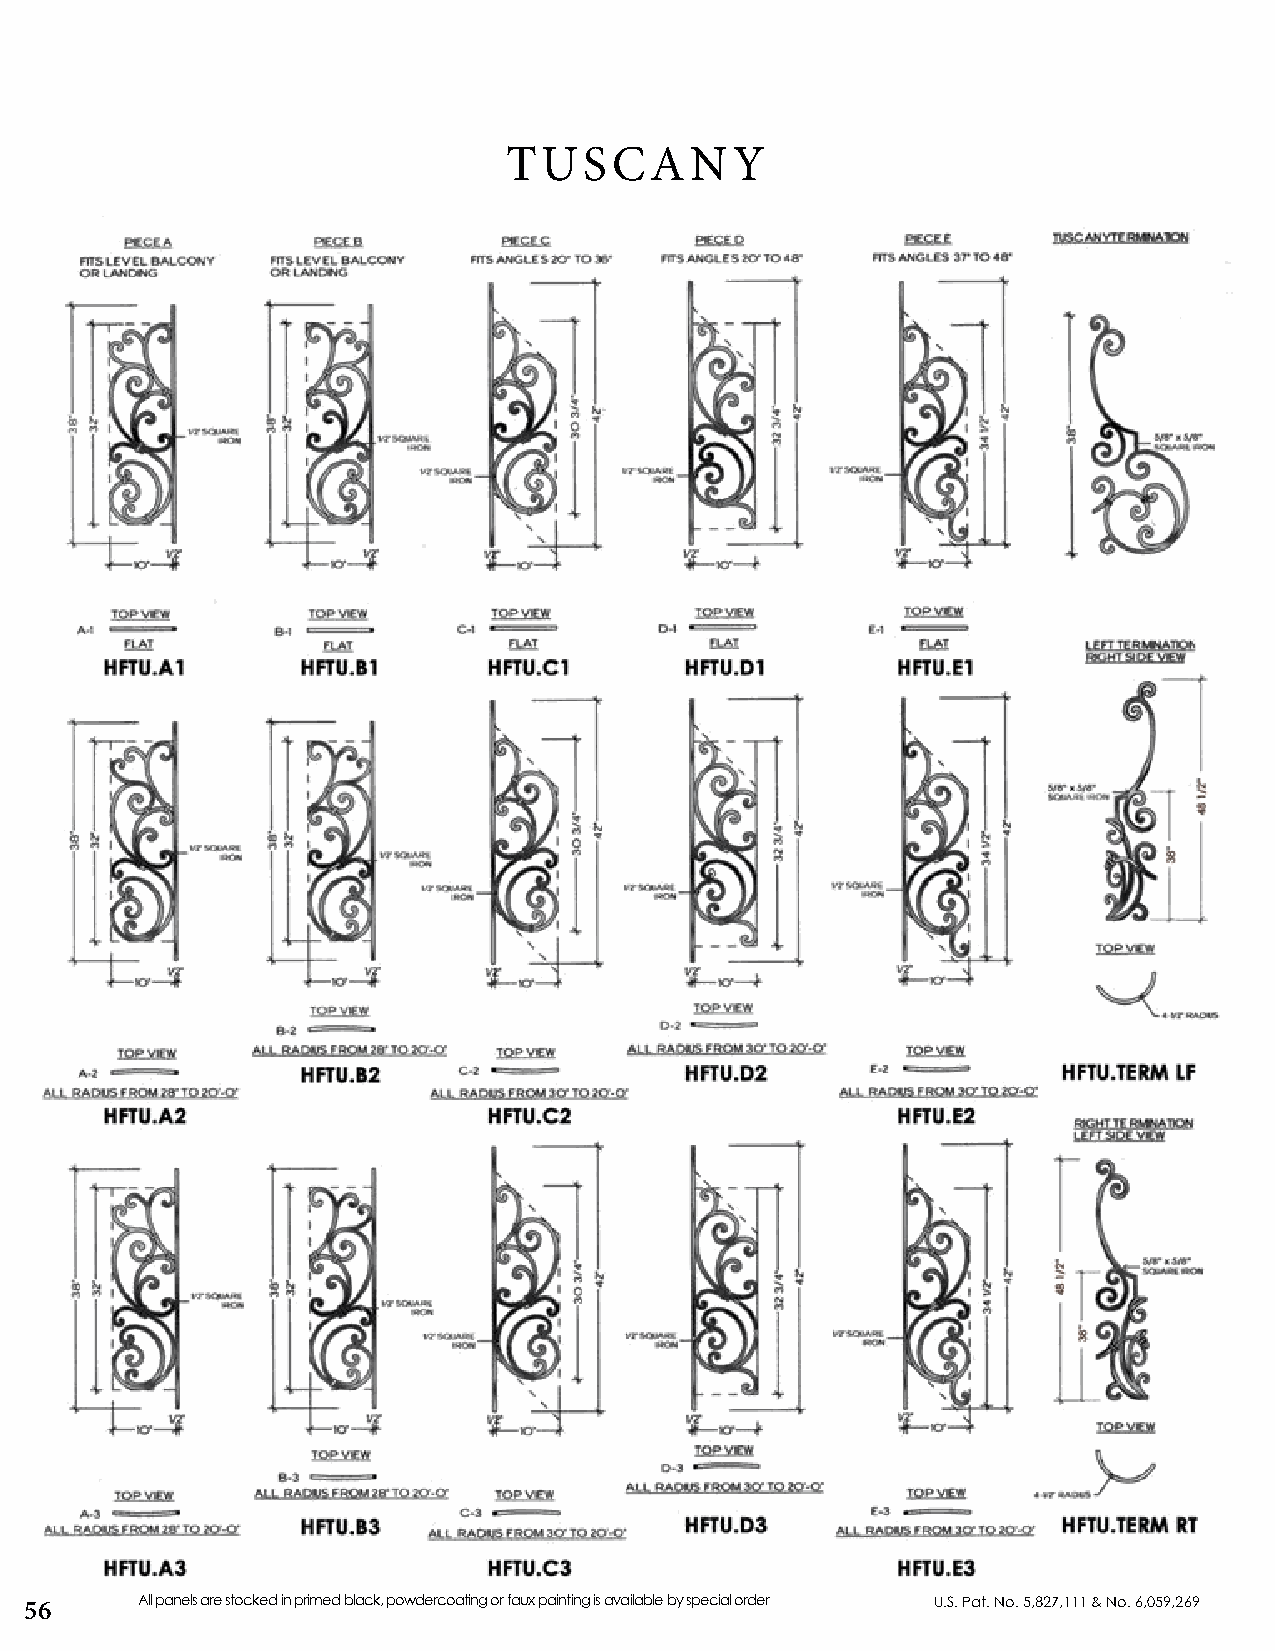
TUSCANY
 56     All panels are stocked in primed black, powdercoating or faux painting is available by special order U.S. Pat. No. 5,827,111 & No. 6,059,269